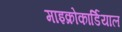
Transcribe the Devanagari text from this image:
माइक्रोकार्डियाल